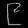
Digit: ၉